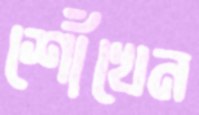
শোঁখেন